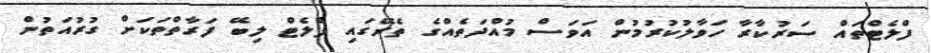
ފްލެޓްތައް ސަރުކާރާ ހަވާލުކުރުމުން އަވަސް މުއްދަތެއްގެ ތެރޭގައި ފްލެޓް ލިބޭ ފަރާތްތަކަށް ގުރުއަތުން